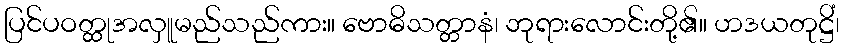
ပြင်ပဝတ္ထုအလှူမည်သည်ကား။ ဗောဓိသတ္တာနံ၊ ဘုရားလောင်းတို့၏။ ဟဒယတုဋ္ဌိံ၊